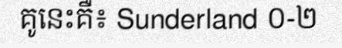
គូនេះគឺ៖ Sunderland ០-២